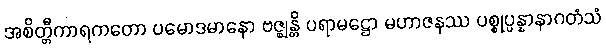
အစိတ္တီကာရကတော ပမောဒမာနော ဗဇ္ဈန္တိ ပရာမဋ္ဌော မဟာဇနဿ ပစ္စုပ္ပန္နာနာဂတံသံ